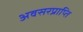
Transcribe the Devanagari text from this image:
अवसरप्राप्ति